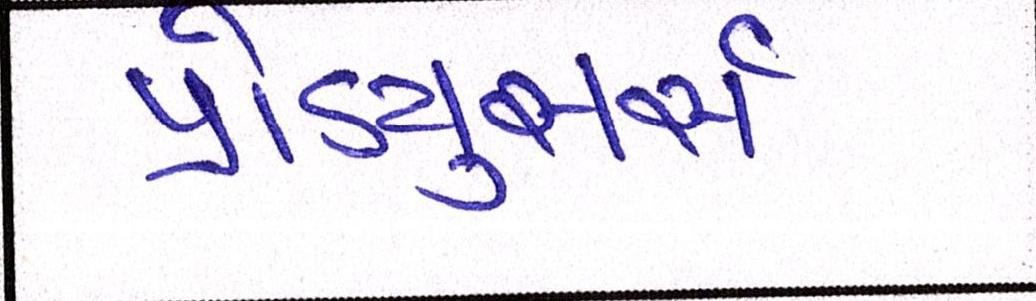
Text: પ્રોડ્યુસર્સ